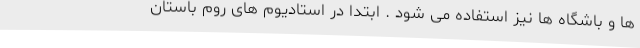
ها و باشگاه ها نیز استفاده می شود . ابتدا در استادیوم های روم باستان